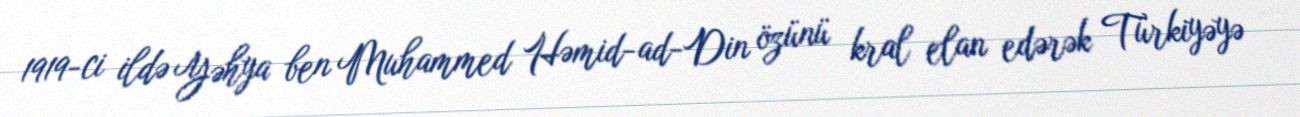
1919-ci ildə Yəhya ben Muhammed Həmid-ad-Din özünü kral elan edərək Türkiyəyə